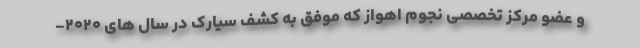
و عضو مرکز تخصصی نجوم اهواز که موفق به کشف سیارک در سال های ۲۰۲۰-